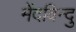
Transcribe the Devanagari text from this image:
मेंदविन्दु